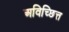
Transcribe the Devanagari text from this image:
अविच्छित्त